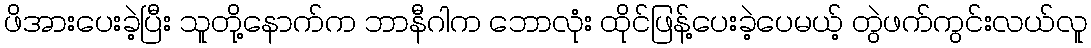
ဖိအားပေးခဲ့ပြီး သူတို့နောက်က ဘာနီဂါက ဘောလုံး ထိုင်ဖြန့်ပေးခဲ့ပေမယ့် တွဲဖက်ကွင်းလယ်လူ